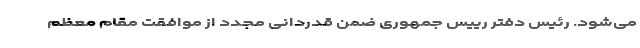
می‌شود. رئیس دفتر رییس جمهوری ضمن قدردانی مجدد از موافقت مقام معظم